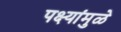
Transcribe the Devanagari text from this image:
पक्ष्यांमुळे